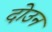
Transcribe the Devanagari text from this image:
दोउन